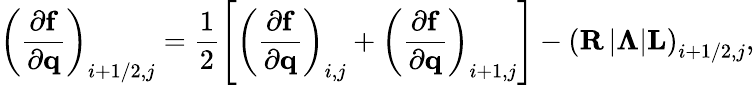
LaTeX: \left(\frac{\partial\mathbf{f}}{\partial\mathbf{q}}\right)_{i+1/2,j}=\frac{1}{2}\left[\left(\frac{\partial\mathbf{f}}{\partial\mathbf{q}}\right)_{i,j}+\left(\frac{\partial\mathbf{f}}{\partial\mathbf{q}}\right)_{i+1,j}\right]-\left(\mathbf{R}\left|\boldsymbol{\Lambda}\right|\mathbf{L}\right)_{i+1/2,j},